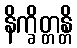
နိက္ခိတ္တန္တိ